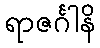
ရာဇင်္ဂါနိ